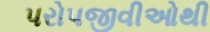
પરોપજીવીઓથી